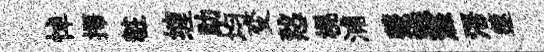
悼擇粧缠助均变慤榥浦虀蟻滌浯篴